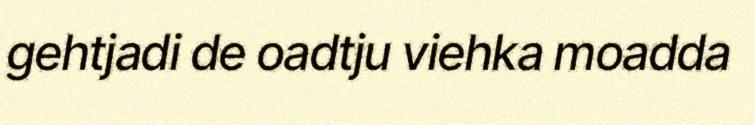
gehtjadi de oadtju viehka moadda